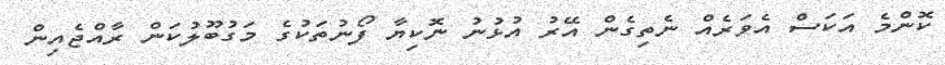
ކޮންމެ އަކަސް އެވަރެއް ނެތިގެން އޭރު އުޅުނު ނޮކިޔާ ފޯނުތަކުގެ މަގުބޫލުކަން ރާއްޖެއިން